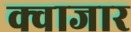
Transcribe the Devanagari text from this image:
क्वाजार